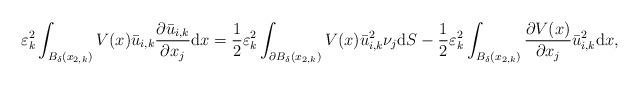
LaTeX: \begin{align*}\begin{aligned}\varepsilon_k^2\int_{B_\delta(x_{2,k})}V(x)\bar u_{i,k}\frac{\partial\bar u_{i,k}}{\partial x_j}{\rm d}x=\frac12\varepsilon_k^2\int_{\partial B_\delta(x_{2,k})}V(x)\bar u_{i,k}^2\nu_j{\rm d}S-\frac12\varepsilon_k^2\int_{B_\delta(x_{2,k})}\frac{\partial V(x)}{\partial x_j}\bar u_{i,k}^2{\rm d}x,\end{aligned}\end{align*}